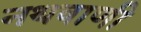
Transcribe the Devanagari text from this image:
नथवाणी